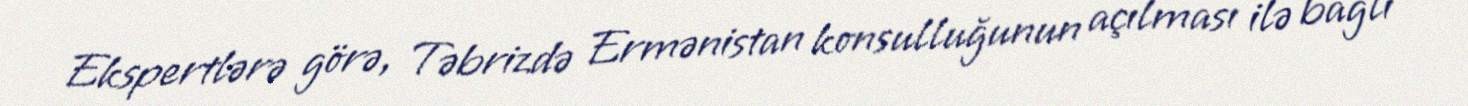
Ekspertlərə görə, Təbrizdə Ermənistan konsulluğunun açılması ilə bağlı